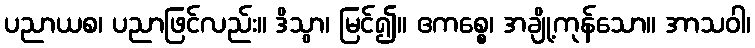
ပညာယစ၊ ပညာဖြင်လည်း။ ဒိသွာ၊ မြင်၍။ ဧကစ္စေ၊ အချို့ကုန်သော။ အာသဝါ၊